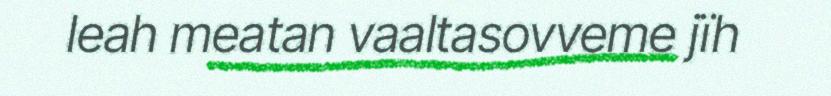
leah meatan vaaltasovveme jïh